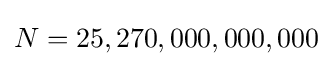
N=25,270,000,000,000